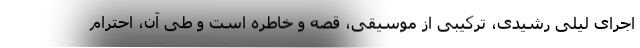
اجرای لیلی رشیدی، ترکیبی از موسیقی، قصه و خاطره است و طی آن، احترام